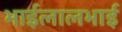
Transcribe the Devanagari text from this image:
भाईलालभाई